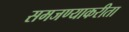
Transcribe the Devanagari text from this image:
समजण्याकरीता